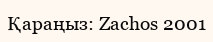
Қараңыз: Zachos 2001